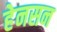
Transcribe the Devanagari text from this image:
हेनसन